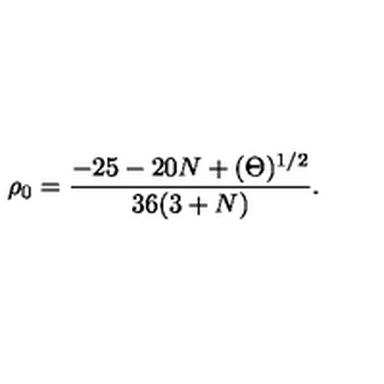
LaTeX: \rho _ { 0 } = \frac { - 2 5 - 2 0 N + ( \Theta ) ^ { 1 / 2 } } { 3 6 ( 3 + N ) } .